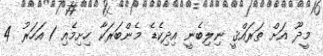
މީދޫ އަށް ތަރައްޤީ ނިލިބެނީ އިދިކެޑެ މެންބަރަކާ ހިށިމެއި 1 އަހަރު 4